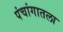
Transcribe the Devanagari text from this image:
पंचांगातला